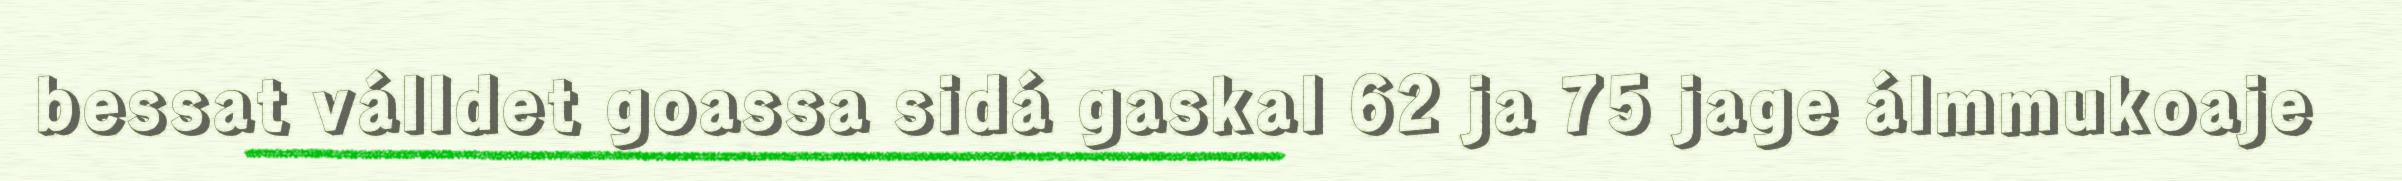
bessat válldet goassa sidá gaskal 62 ja 75 jage álmmukoaje